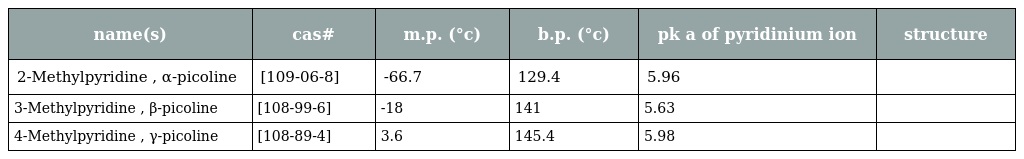
| name(s) | cas# | m.p. (°c) | b.p. (°c) | pk a of pyridinium ion | structure |
 | --- | --- | --- | --- | --- | --- |
 | 2-Methylpyridine , α-picoline | [109-06-8] | -66.7 | 129.4 | 5.96 |  |
 | 3-Methylpyridine , β-picoline | [108-99-6] | -18 | 141 | 5.63 |  |
 | 4-Methylpyridine , γ-picoline | [108-89-4] | 3.6 | 145.4 | 5.98 |  |